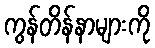
ကွန်တိန်နာများကို